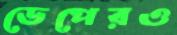
ডেপেরও